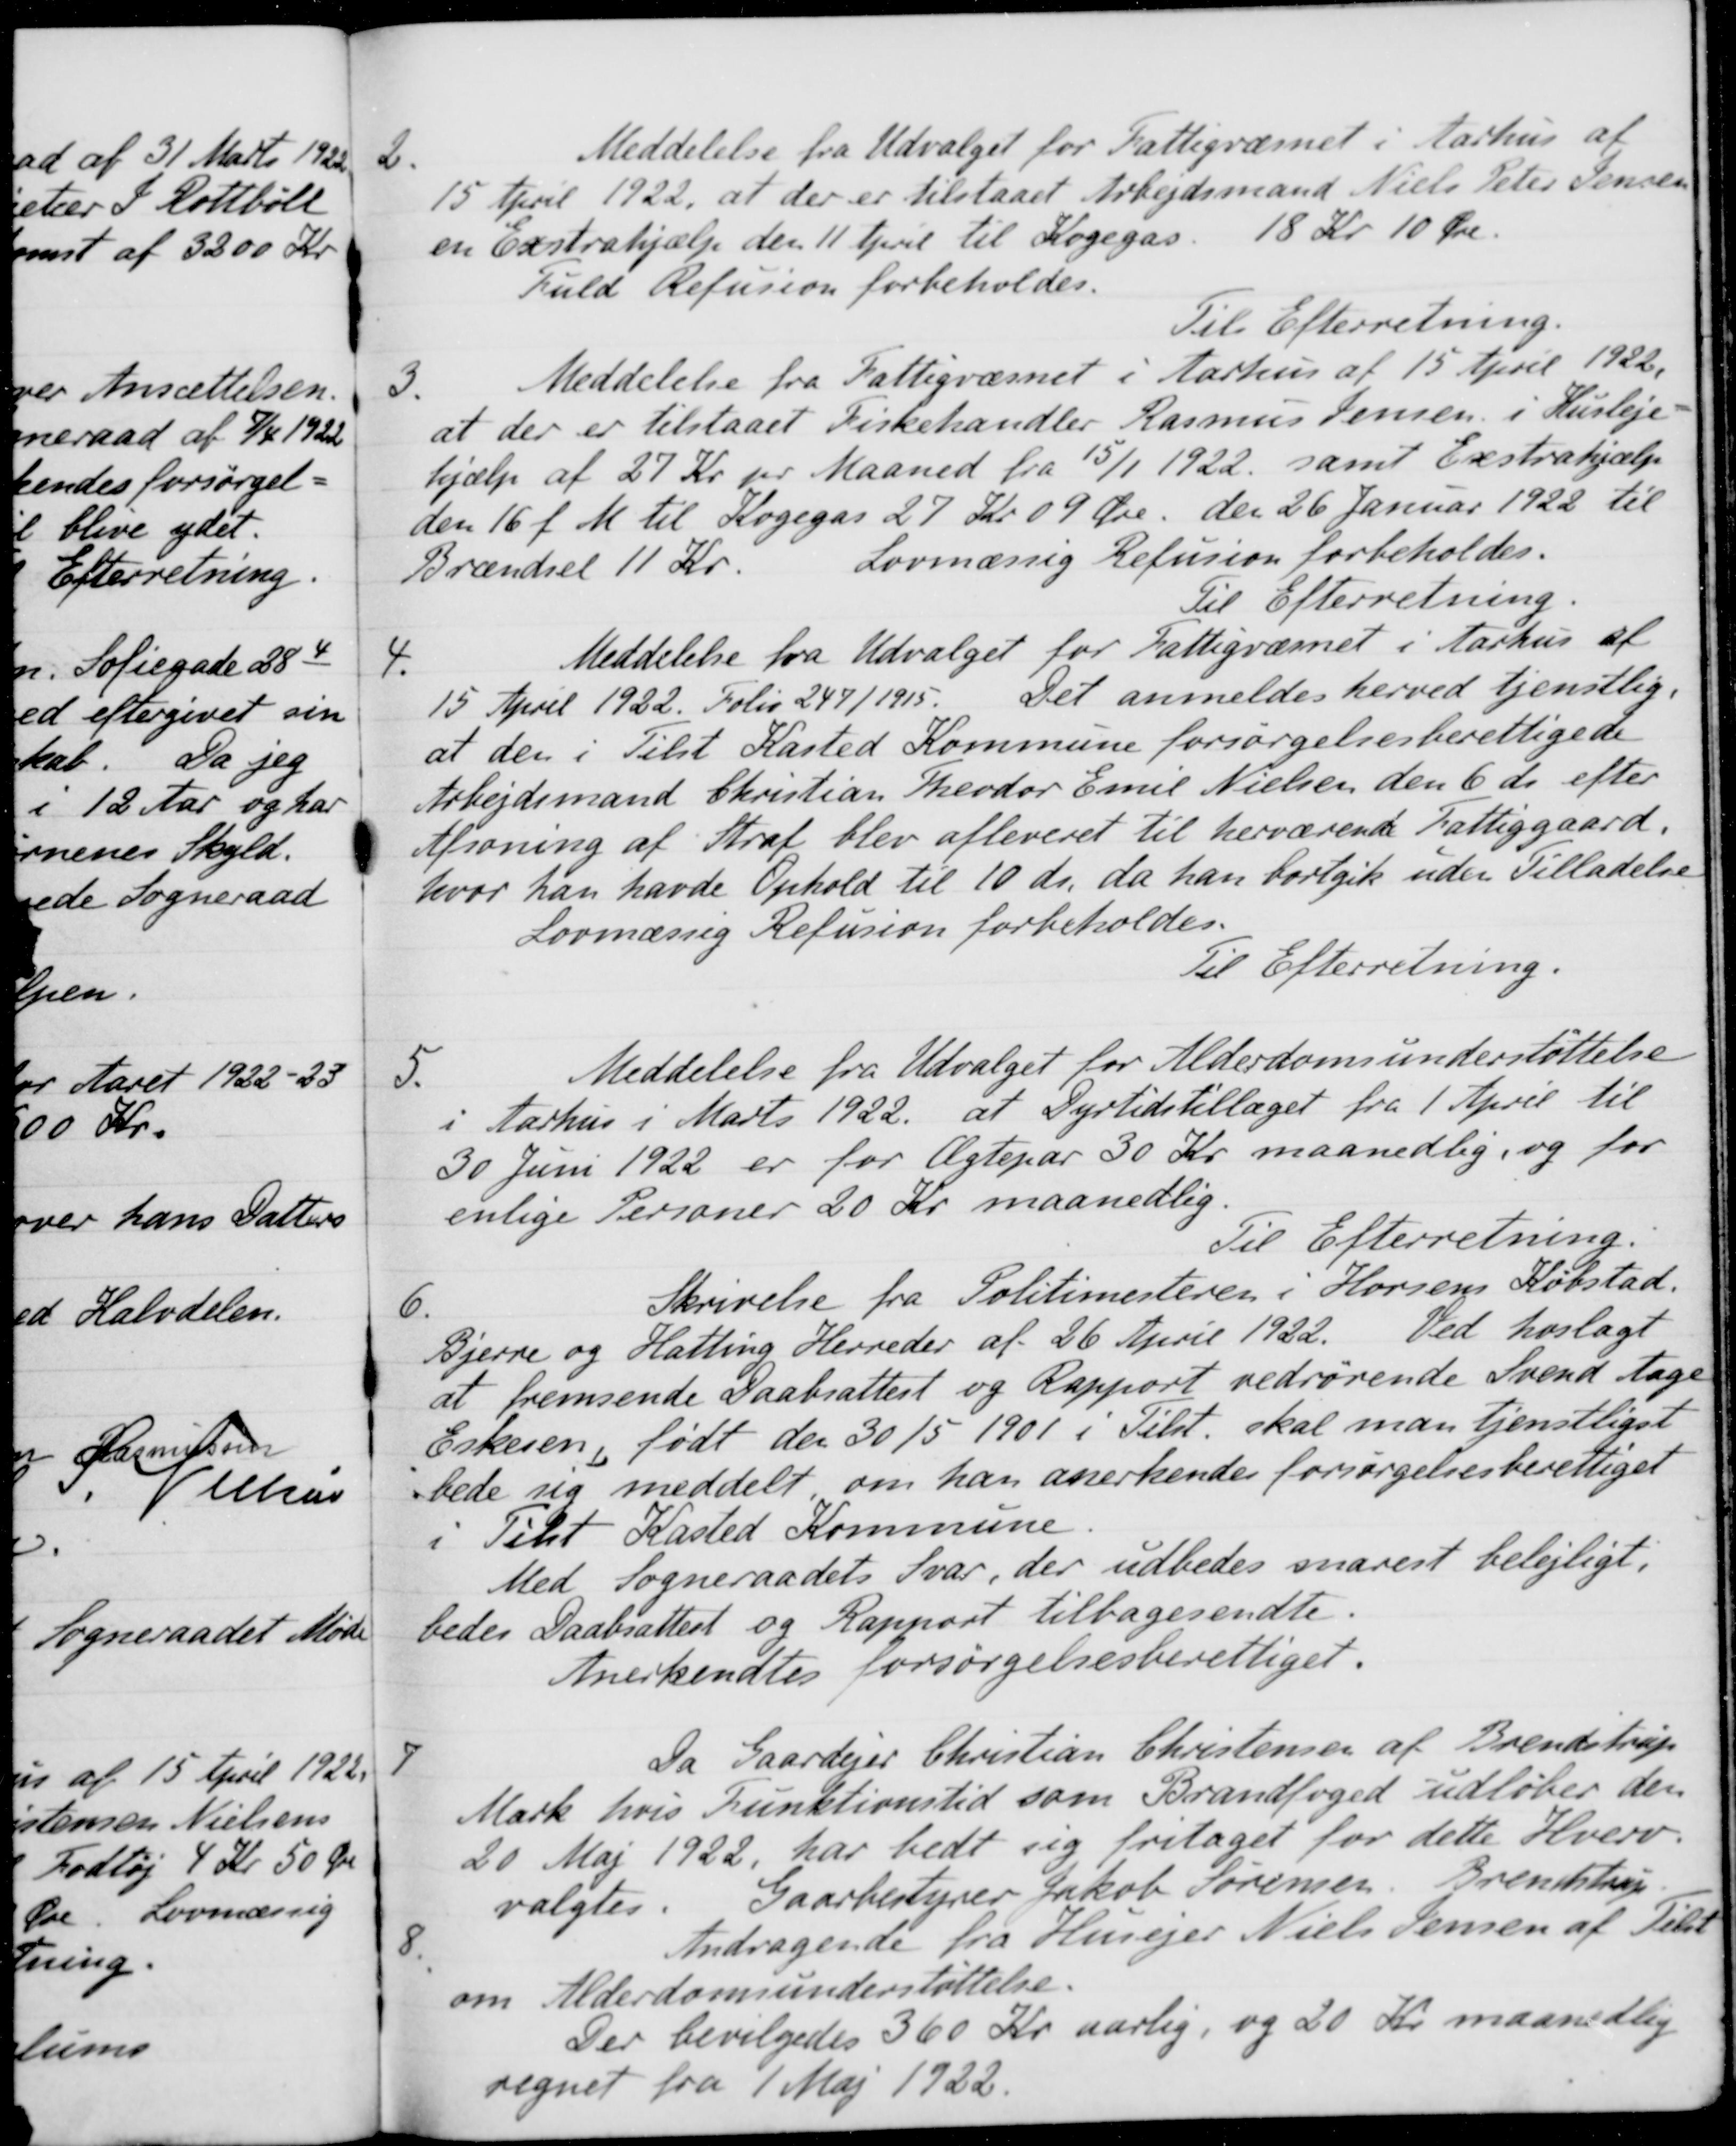
Transskription:
2.
Meddelelse fra Udvalget for Fattigvæsnet i Aarhus af
15 April 1922, at der er tilstaaet Arbejdsmand Niels Peter Jensen
en Exstrahjælp den 11 April til Kogegas. 18 Kr 10 Øre.
Fuld Refusion forbeholdes.
Til Efterretning.
3.
Meddelelse fra Fattigvæsnet i Aarhus af 15 April 1922,
at der er tilstaaet Fiskehandler Rasmus Jensen i Husleje-
hjælp af 27 Kr pr Maaned fra 15/1 1922, samt Exstrahjælp
den 16 f. M. til Kogegas 27 Kr. 09 Øre der 26 Januar 1922 til
Brændsel 11 Kr.
Lovmæssig Refusion forbeholdes.
Til Efterretning.
4.
Meddelelse fra Udvalget for Fattigvæsnet i Aarhus af
15 April 1922. Folio 249/1915. Det anmeldes herved tjenstlig.
at den i Tilst Kasted Kommune forsørgelsesberettigede
Arbejdsmand Christian Theodor Emil Nielsen den 6 ds efter
Afsoning af Straf blev afleveret til herværende Fattiggaard,
hvor han havde Ophold til 10 ds, da han bortgik uden Tilladelse
Lovmæssig Refusion forbeholdes.
Til Efterretning.
5.
Meddelelse fra Udvalget for Alderdomsunderstøttelse
i Aarhus i Marts 1922. at Dyrtidstillæget fra 1 April til
30 Juni 1922 er for Ægtepar 30 Kr maanedlig, og for
enlige Personer 20 Kr maanedlig.
Til Efterretning.
6.
Skrivelse fra Politimesteren i Horsens Købstad.
Bjerre og Hatting Herreder af 26 April 1922. Ved hoslagt
at fremsende Daabsattest og Rapport vedrørende Svend Aage
Eskesen, født den 30/5 1901 i Tilst skal man tjenstligst
bede sig meddelt om han anerkendes forsørgelsesberettiget
i Tilst Kasted Kommune
Med Sogneraadets Svar, der udbedes snarest belejligt.
bedes Daabsattest og Rapport tilbagesendte.
Anerkendtes forsørgelsesberettiget.
7
Da Gaardejer Christian Christensen af Brendstrup
Mark hvis Funktionstid som Brandfoged udløber den
20 Maj 1922 har bedt sig fritaget for dette Hverv,
valgtes. Gaarbestyrer Jakob Sørensen, Brendstrup.
8.
Andragende fra Husejer Niels Jensen af Tilst
om Alderdomsunderstøttelse.
Der bevilgedes 360 Kr aarlig, og 20 Kr maanedlig
regnet fra 1 Maj 1922.